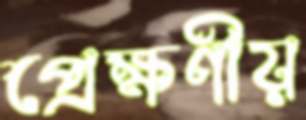
প্রেক্ষণীয়